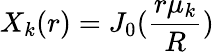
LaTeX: X_{k}(r)=J_{0}(\frac{r\mu_{k}}{R})